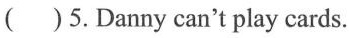
( )5.Danny can't play cards.